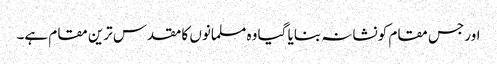
اور جس مقام کو نشانہ بنایا گیا وہ مسلمانوں کا مقدس ترین مقام ہے۔